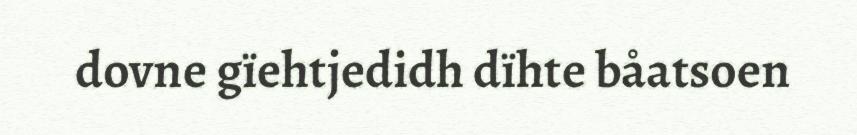
dovne gïehtjedidh dïhte båatsoen